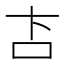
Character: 𬽅